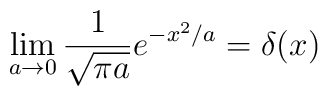
\lim_{a\to 0}\frac{1}{\sqrt{\pi a}}e^{-x^2/a}=\delta(x)